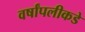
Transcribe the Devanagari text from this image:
वर्षांपलीकडे